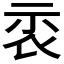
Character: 𥘖